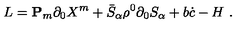
L = { \bf P } _ { m } \partial _ { 0 } X ^ { m } + \bar { S } _ { \alpha } \rho ^ { 0 } \partial _ { 0 } S _ { \alpha } + b \dot { c } - H \ .